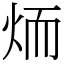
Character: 𦓒